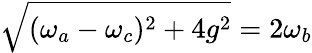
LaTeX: \sqrt{(\omega_{a}-\omega_{c})^{2}+4g^{2}}=2\omega_{b}